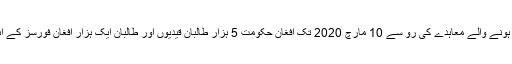
امریکا اور افغان طالبان کے درمیان ہونے والے معاہدے کی رو سے 10 مارچ 2020 تک افغان حکومت 5 ہزار طالبان قیدیوں اور طالبان ایک ہزار افغان فورسز کے اہلکاروں کو رہا کرنے کے پابند ہیں۔